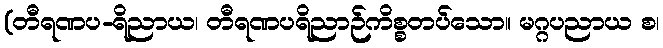
(တီရဏပ-ရိညာယ၊ တီရဏပရိညာဉ်ကိစ္စတပ်သော။ မဂ္ဂပညာယ စ၊